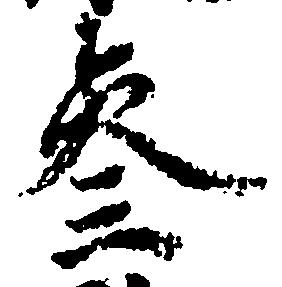
参